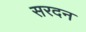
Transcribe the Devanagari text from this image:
सरदन